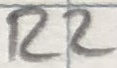
Text: R2